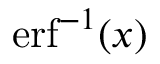
\operatorname { e r f } ^ { - 1 } ( x )